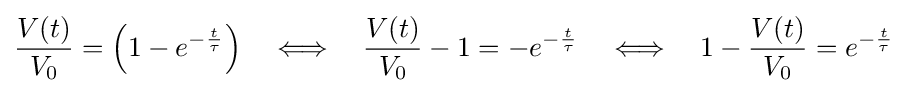
{\frac {V(t)}{V_{0}}}=\left(1-e^{-{\frac {t}{\tau }}}\right)\quad \Longleftrightarrow \quad {\frac {V(t)}{V_{0}}}-1=-e^{-{\frac {t}{\tau }}}\quad \Longleftrightarrow \quad 1-{\frac {V(t)}{V_{0}}}=e^{-{\frac {t}{\tau }}}